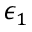
\epsilon _ { 1 }